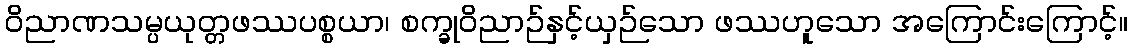
ဝိညာဏသမ္ပယုတ္တဖဿပစ္စယာ၊ စက္ခုဝိညာဉ်နှင့်ယှဉ်သော ဖဿဟူသော အကြောင်းကြောင့်။